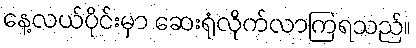
နေ့လယ်ပိုင်းမှာ ဆေးရုံလိုက်လာကြရသည်။